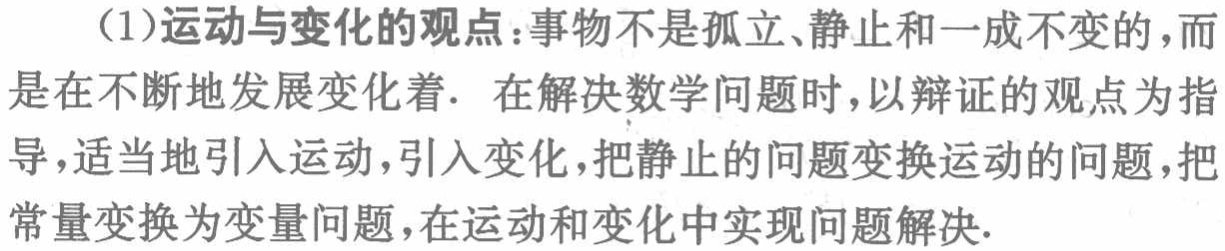
(1)运动与变化的观点：事物不是孤立、静止和一成不变的，而是在不断地发展变化着. 在解决数学问题时，以辩证的观点为指导，适当地引入运动，引入变化，把静止的问题变换运动的问题，把常量变换为变量问题，在运动和变化中实现问题解决.